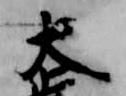
大